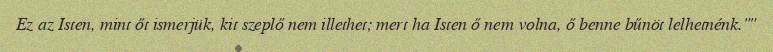
Ez az Isten, mint őt ismerjük, kit szeplő nem illethet; mert ha Isten ő nem volna, ő benne bűnöt lelhetnénk.""